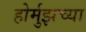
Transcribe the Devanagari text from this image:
होर्मुझच्या